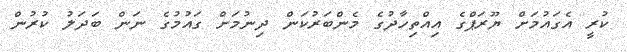
ކުރީ އެގައުމަށް ޔޫރަޕްގެ އިއްތިހާދުގެ މެންބަރުކަން ދިނުމަށް ގައުމުގެ ނަން ބަދަލު ކުރުން